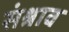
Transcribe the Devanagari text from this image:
संश्राव